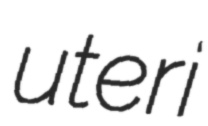
uteri